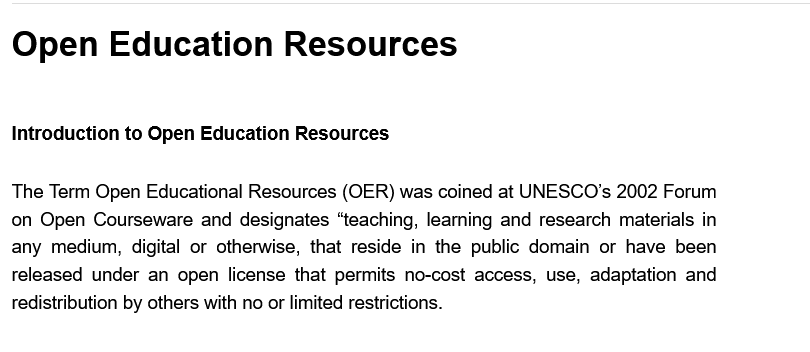
Open    Education    Resources
  Introduction to Open Education Resources
  The Term Open Educational Resources (OER) was coined at UNESCO's 2002 Forum
  on Open Courseware and designates “teaching, learning and research materials in
  any medium, digital or otherwise, that reside in the public domain or have been
  released under an open license that permits no-cost access, use, adaptation and
  redistribution by others with no or limited restrictions.